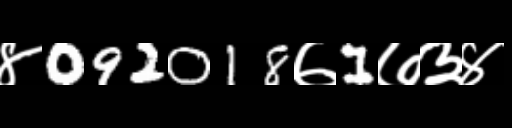
Text: ४092018७1७३४